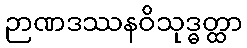
ဉာဏဒဿနဝိသုဒ္ဓတ္ထာ